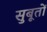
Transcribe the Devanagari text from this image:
सुबूतों